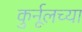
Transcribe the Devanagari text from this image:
कुर्नूलच्या